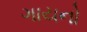
ગાયનો